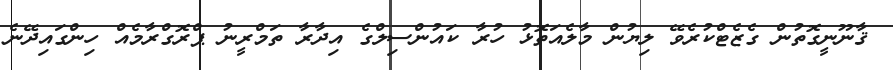
ޤާނޫނީގޮތުން ގެޒެޓްކުރެވޭ ލިޔުން މާލެއަތޮޅު ހުރާ ކައުންސިލްގެ އިދާރާ ތަމްރީނު ޕްރޮގްރާމެއް ހިންގައިދޭނެ